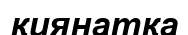
қиянатқа